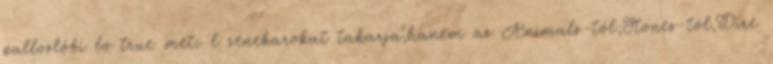
palloslóbí ló true metí l zenekarokat takarja,hanem az Animals-tól;Stones-tól,Dire